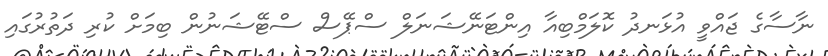
ނާސާގެ ޖައްވީ އުޅަނދު ކޮލަމްބިއާ އިންޓަނޭޝަނަލް ސްޕޭސް ސްޓޭޝަނުން ބިމަށް ކުރި ދަތުރުގައި